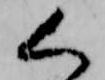
く